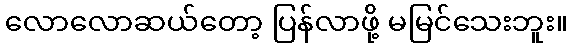
လောလောဆယ်တော့ ပြန်လာဖို့ မမြင်သေးဘူး။